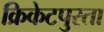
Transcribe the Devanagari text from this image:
क्रिकेटपुरता